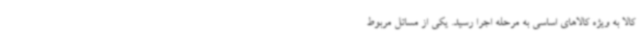
کالا به ویژه کالاهای اساسی به مرحله اجرا رسید. یکی از مسائل مربوط